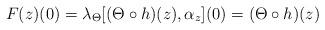
LaTeX: \begin{align*} F(z)(0) =\lambda_{\Theta}[( \Theta \circ h)(z), \alpha_z](0) =( \Theta \circ h)(z)\end{align*}